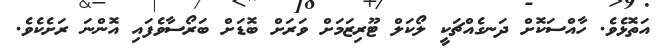
އަތޮޅެވެ. ހާއްސަކޮށް ދަނގެއްޗަކީ ލޯކަލް ޓޫރިޒަމަށް ވަރަށް ބޮޑަށް ބަރޯސާވެފައި އޮންނަ ރަށެކެވެ.